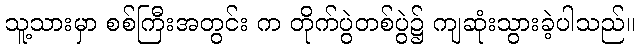
သူ့သားမှာ စစ်ကြီးအတွင်း က တိုက်ပွဲတစ်ပွဲ၌ ကျဆုံးသွားခဲ့ပါသည်။